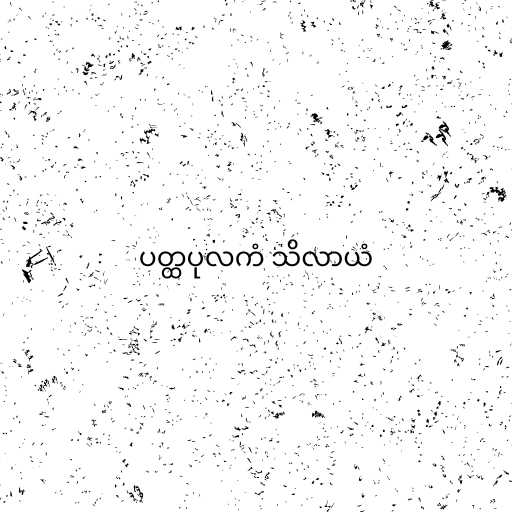
ပတ္ထပုလကံ သိလာယံ